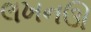
લખનઊ